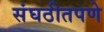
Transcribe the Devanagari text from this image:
संघठीतपणे